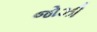
જોઝી